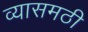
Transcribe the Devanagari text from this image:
व्यासमठी